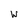
Character: W